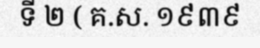
ទី ២ ( គ.ស. ១៩៣៩